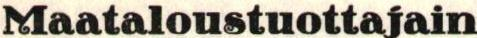
Maataloustuottajain